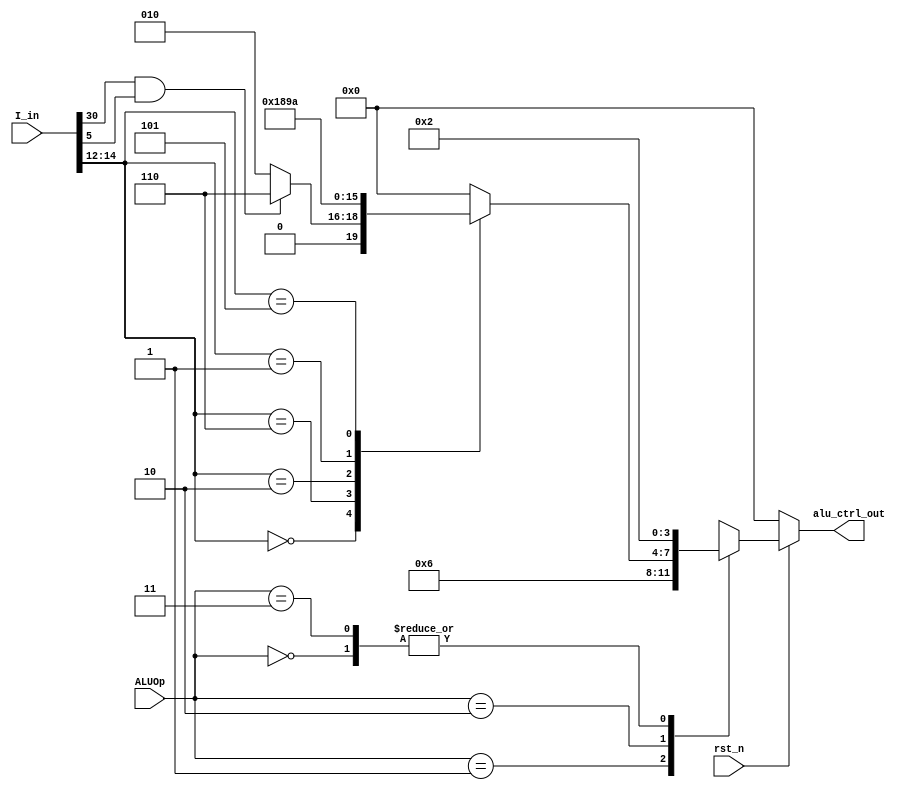
module ALU_Control(rst_n, I_in, ALUOp, alu_ctrl_out);
    input rst_n;
    input [31:0] I_in;
    input [1:0] ALUOp;
    output reg [3:0] alu_ctrl_out;

    always @(*) begin
        if (!rst_n) begin
            alu_ctrl_out = 0;
        end
        else begin 
            case(ALUOp)
                2'b00: alu_ctrl_out = 4'b0010;
                2'b01: alu_ctrl_out = 4'b0110;
                2'b10: begin 
                    case(I_in[14:12])
                        3'b000: alu_ctrl_out = (I_in[30] & I_in[5]) ? 4'b0110 : 4'b0010;
                        3'b111: alu_ctrl_out = 4'b0000;
                        3'b110: alu_ctrl_out = 4'b0001;
                        3'b010: alu_ctrl_out = 4'b1000; // slti
                        3'b001: alu_ctrl_out = 4'b1001; // slli
                        3'b101: alu_ctrl_out = 4'b1010; // srai
                        default: alu_ctrl_out = 0;
                    endcase
                    
                end                   

                2'b11: alu_ctrl_out = 4'b0010;
                default: alu_ctrl_out = 0;
            endcase
        end
    end

endmodule